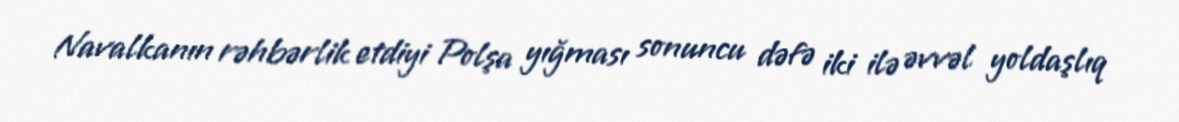
Navalkanın rəhbərlik etdiyi Polşa yığması sonuncu dəfə iki ilə əvvəl yoldaşlıq